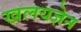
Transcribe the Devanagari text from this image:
खलयज्ञेन